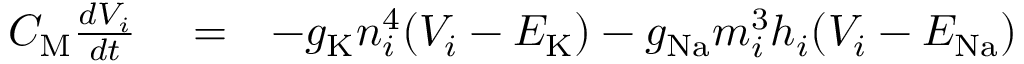
\begin{array} { r l r } { C _ { \mathrm M } \frac { d V _ { i } } { d t } } & { { } = } & { - g _ { \mathrm K } n _ { i } ^ { 4 } ( V _ { i } - E _ { \mathrm K } ) - g _ { \mathrm { N a } } m _ { i } ^ { 3 } h _ { i } ( V _ { i } - E _ { \mathrm { N a } } ) } \end{array}